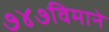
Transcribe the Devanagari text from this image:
७४७विमाने